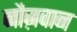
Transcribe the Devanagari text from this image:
नौज़वान